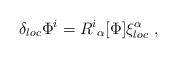
\begin{align*}\delta_{ loc} \Phi^i = R^i{}_\alpha [\Phi] \xi^\alpha_{ loc}\ ,\end{align*}